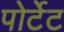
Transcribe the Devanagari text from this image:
पोर्टेट